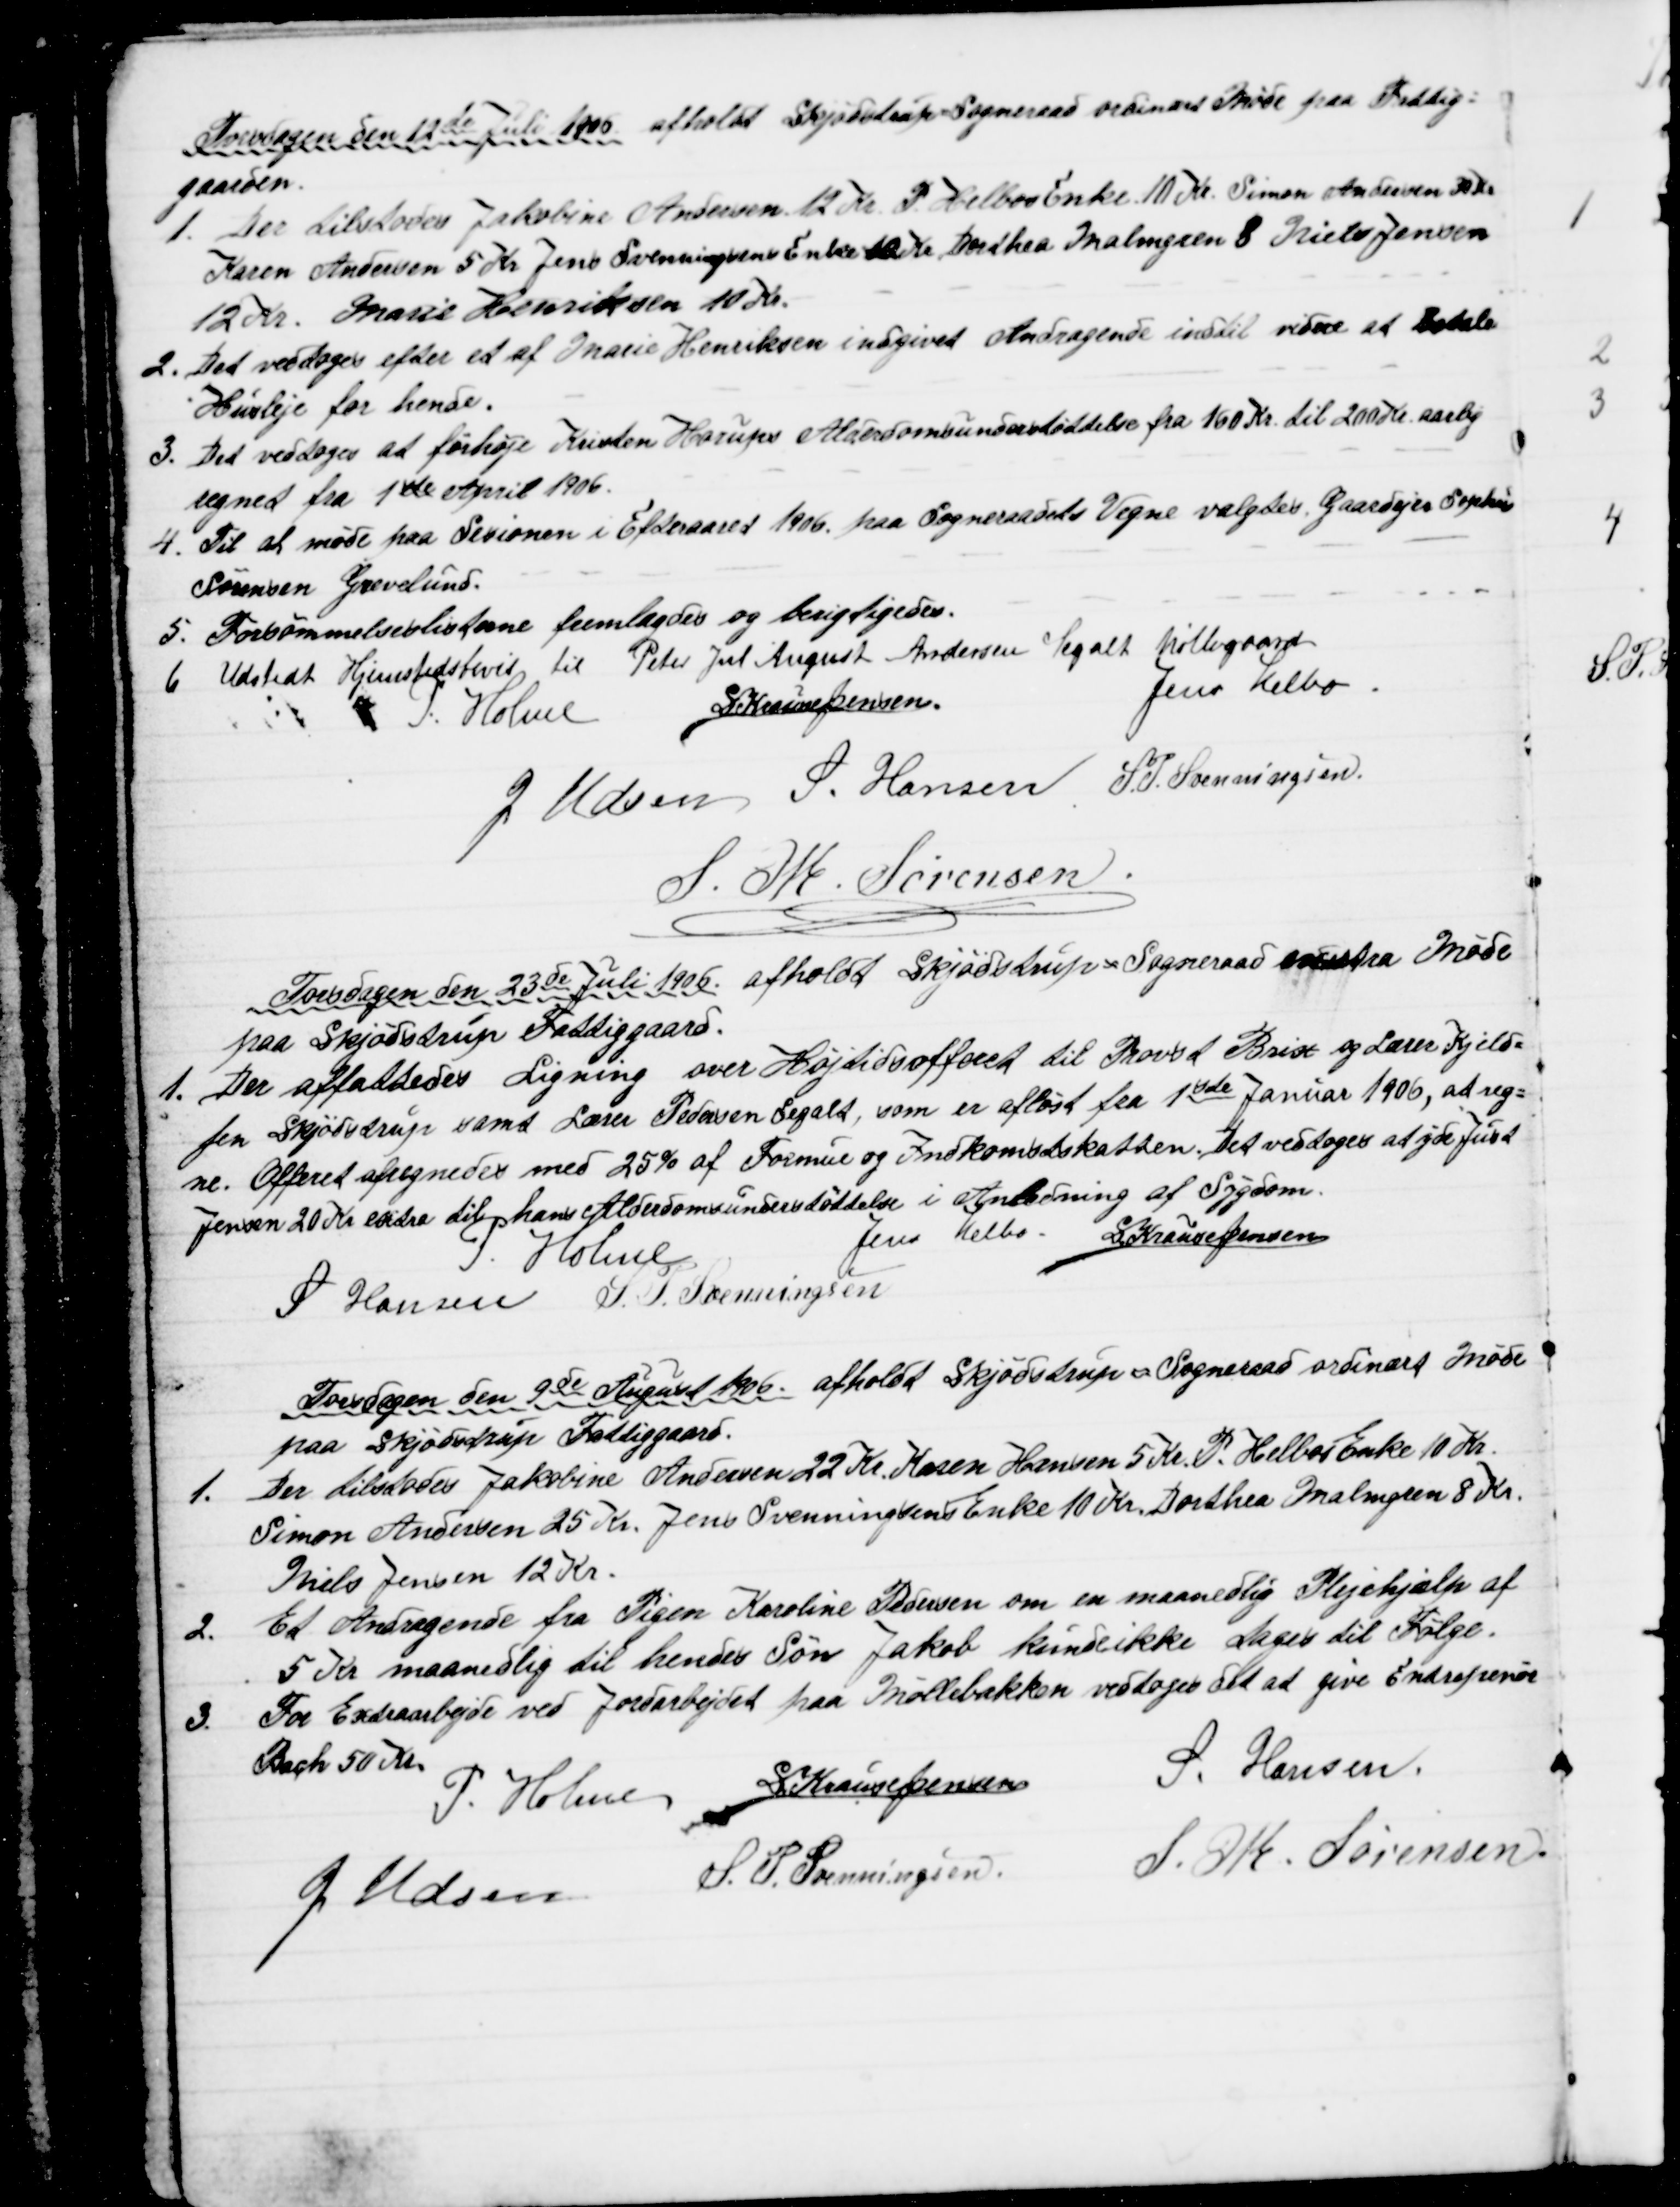
Transskription:
Torsdagen den 12de Juli 1906 afholdt Skjødstrup Sogneraad ordinært Møde paa Fattig=
gaarden.
1. 
Der tilstodes Jakobine Andersen 12 Kr. P. Helbos Enke 10 Kr. Simon Andersen 30 Kr
Karen Andersen 5 Kr Jens Svenningsens Enke 10 Kr. Dorthea Malmgren 8 Niels Jensen
12 Kr. Marie Hederiksen 10 Kr.
2.
Det vedtoges efter et af Marie Henriksen indgivet Andragende indtil videre at betale
Husleje for hende.
3.
Det vedtoges at forhøje Kristen Horups Alderdomsunderstøttelse fra 160 Kr. til 200 Kr aarlig
regnet fra 1ste April 1906.
4. Til at møde paa Sesionen i Efteraaret 1906 paa Sogneraadets Vegne valgtes Gaardejer Sophus
Sørensen Grevelund.
5. Forsømmelseslisterne fremlagdes og berigtigedes.
6. Udstedt Hjemstedsbevis til Peter Jul August Andersen Segalt Møllegaard
P. Holme S Krause Jensen.
Jens Helbo
J. Udsen S. Hansen S. P. Svenningsen.
S. M. Sørensen
Torsdagen den 23de Juli 1906 afholdt Skjødstrup Sogneraad exstra Møde
paa Skjødstrup Fattiggaard.
1. Der affattedes Ligning over Højtidsofferet til Provst Brix og Lærer Kjeld=
sen Skjødstrup samt Lærer Pedersen Segalt, som er afløst fra 1ste Januar 1906, at reg=
ne. Offeret afregnedes med 25 % af Formue og Indkomstskatten. Det vedtoges at yde Just
Jensen 20 Kr extra til hans Alderdomsunderstøttelse i Anledning af Sygdom.
P. Holme
Jens Helbo
S Krause Jensen
S Hansen S. P. Svenningsen
Torsdagen den 9de August 1906 afholdt Skjødstrup = Sogneraad ordinært Møde
paa Skjødstrup Fattiggaard.
1.
Der tilstodes Jakobine Andersen 22 Kr. Karen Hansen 5 Kr. P. Helbos Enke 10 Kr.
Simon Andersen 25 Kr. Jens Svenningsens Enke 10 Kr. Dorthea Malmgren 8 Kr.
Niels Jensen 12 Kr.
2.
Et Andragende fra Pigen Karoline Pedersen om en maanedlig Plejehjælp af
5 Kr maanedlig til hendes Søn Jakob kunde ikke tages til Følge.
3.
For Extraarbejde ved Jordarbejdet paa Møllebakken vedtoges det at give Entreprenør
Bach 50 Kr.
P. Holme
S Krause Jensen
S. Hansen.
J. Udsen S. P. Svenningsen.
S. M. Sørensen